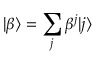
| \beta \rangle = \sum _ { j } \beta ^ { j } | j \rangle